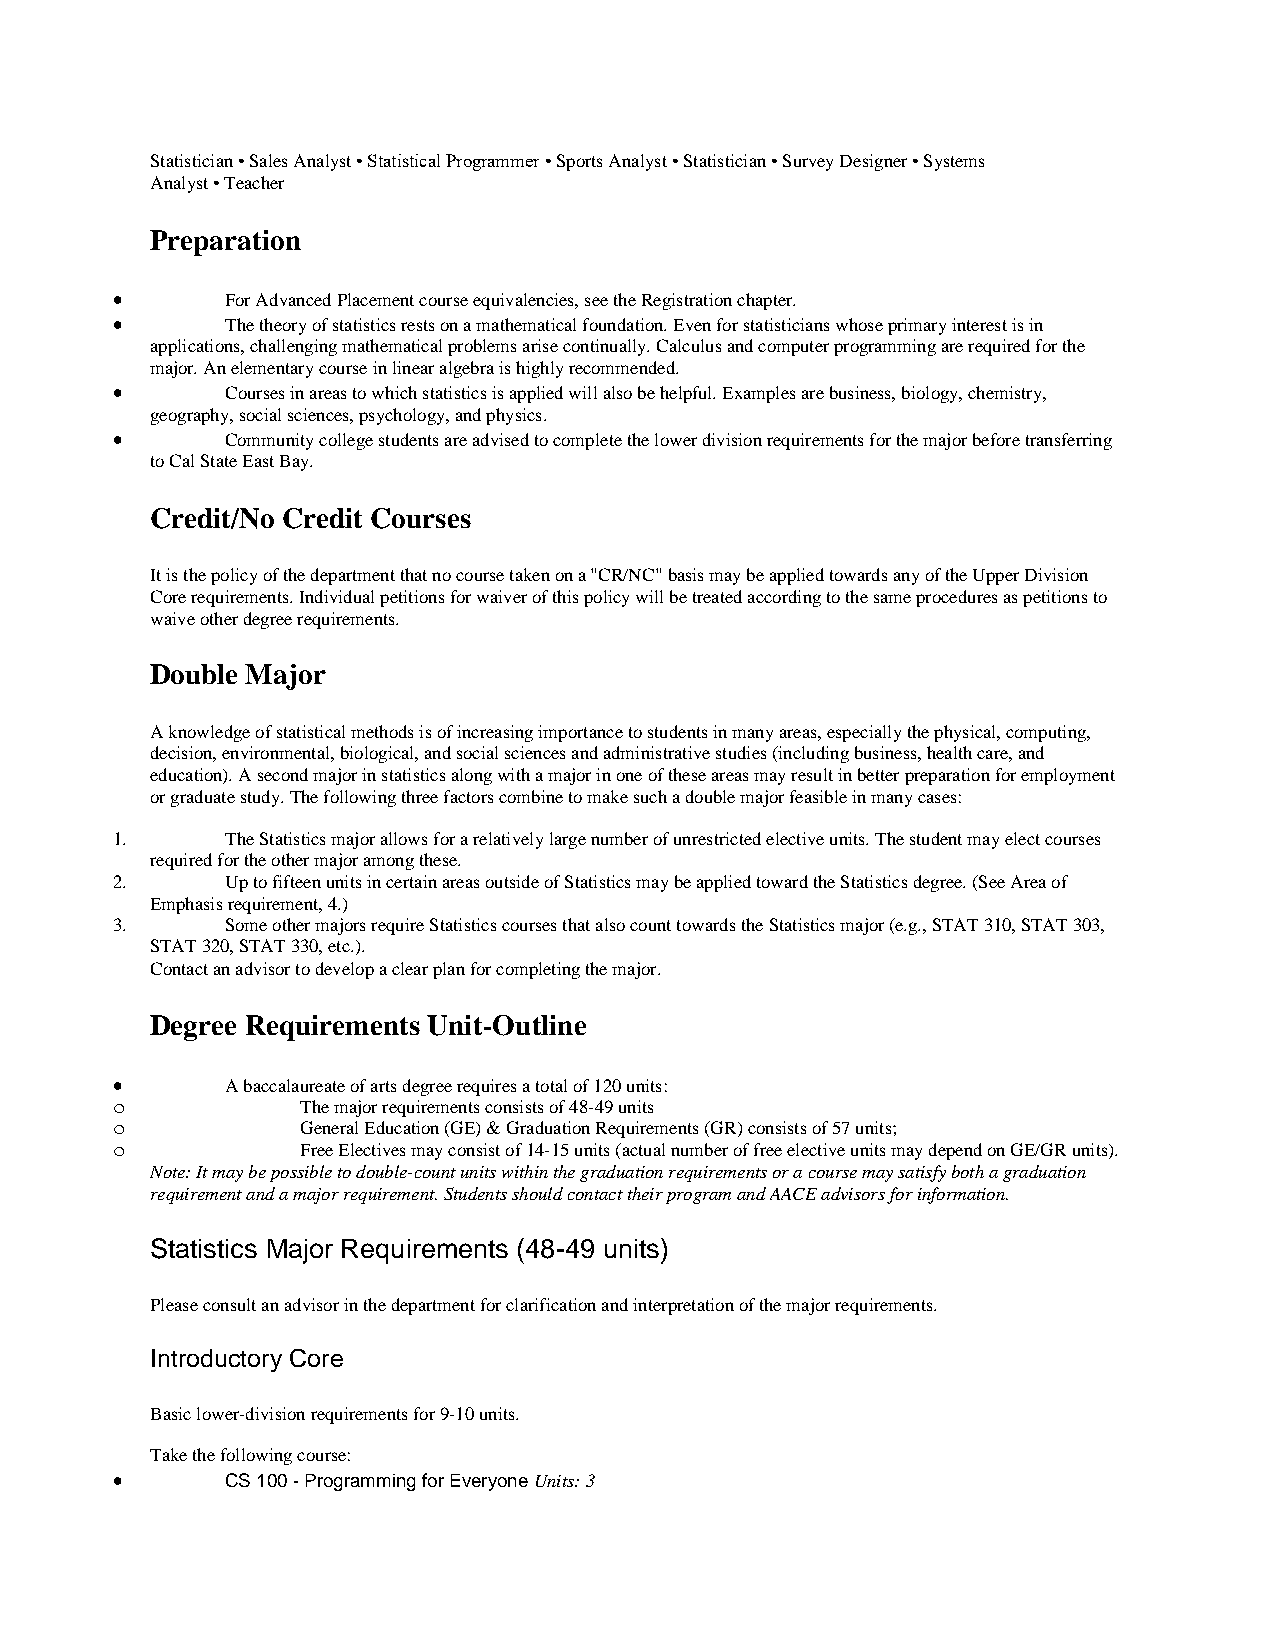
Statistician • Sales Analyst • Statistical Programmer • Sports Analyst • Statistician • Survey Designer • Systems
 Analyst • Teacher
 Preparation
 •       For Advanced Placement course equivalencies, see the Registration chapter.
 •       The theory of statistics rests on a mathematical foundation. Even for statisticians whose primary interest is in
 applications, challenging mathematical problems arise continually. Calculus and computer programming are required for the
 major. An elementary course in linear algebra is highly recommended.
 •       Courses in areas to which statistics is applied will also be helpful. Examples are business, biology, chemistry,
 geography, social sciences, psychology, and physics.
 •       Community college students are advised to complete the lower division requirements for the major before transferring
 to Cal State East Bay.
 Credit/No Credit Courses
 It is the policy of the department that no course taken on a "CR/NC" basis may be applied towards any of the Upper Division
 Core requirements. Individual petitions for waiver of this policy will be treated according to the same procedures as petitions to
 waive other degree requirements.
 Double Major
 A knowledge of statistical methods is of increasing importance to students in many areas, especially the physical, computing,
 decision, environmental, biological, and social sciences and administrative studies (including business, health care, and
 education). A second major in statistics along with a major in one of these areas may result in better preparation for employment
 or graduate study. The following three factors combine to make such a double major feasible in many cases:
 1.      The Statistics major allows for a relatively large number of unrestricted elective units. The student may elect courses
 required for the other major among these.
 2.      Up to fifteen units in certain areas outside of Statistics may be applied toward the Statistics degree. (See Area of
 Emphasis requirement, 4.)
 3.      Some other majors require Statistics courses that also count towards the Statistics major (e.g., STAT 310, STAT 303,
 STAT 320, STAT 330, etc.).
 Contact an advisor to develop a clear plan for completing the major.
 Degree Requirements Unit-Outline
 •       A baccalaureate of arts degree requires a total of 120 units:
 o            The major requirements consists of 48-49 units
 o            General Education (GE) & Graduation Requirements (GR) consists of 57 units;
 o            Free Electives may consist of 14-15 units (actual number of free elective units may depend on GE/GR units).
 Note: It may be possible to double-count units within the graduation requirements or a course may satisfy both a graduation
 requirement and a major requirement. Students should contact their program and AACE advisors for information.
 Statistics Major Requirements (48-49 units)
 Please consult an advisor in the department for clarification and interpretation of the major requirements.
 Introductory Core
 Basic lower-division requirements for 9-10 units.
 Take the following course:
 •       CS 100 - Programming for Everyone Units: 3